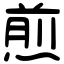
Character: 煎